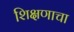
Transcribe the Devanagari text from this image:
शि़क्षणाचा